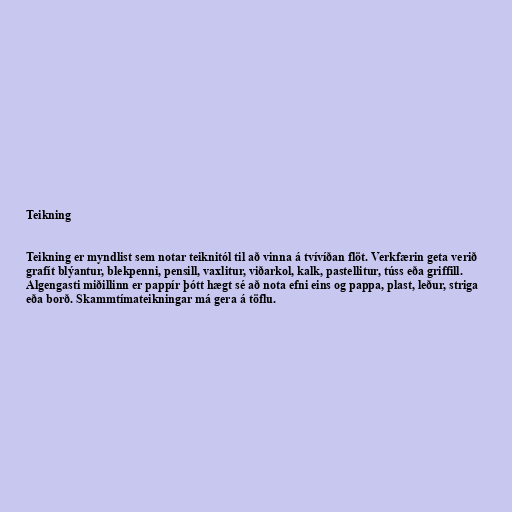
Teikning

Teikning er myndlist sem notar teiknitól til að vinna á tvívíðan flöt. Verkfærin geta verið
grafít blýantur, blekpenni, pensill, vaxlitur, viðarkol, kalk, pastellitur, túss eða griffill.
Algengasti miðillinn er pappír þótt hægt sé að nota efni eins og pappa, plast, leður, striga
eða borð. Skammtímateikningar má gera á töflu.